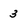
Character: 3